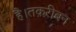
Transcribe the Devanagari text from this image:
है।तक़रीबन